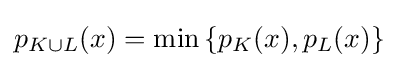
{\textstyle p_{K\cup L}(x)=\min \left\{p_{K}(x),p_{L}(x)\right\}}